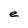
Character: e